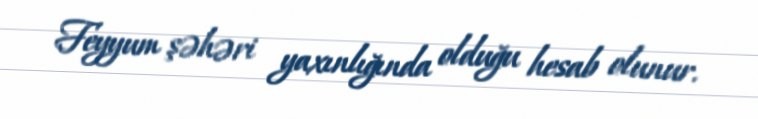
Feyyum şəhəri yaxınlığında olduğu hesab olunur.